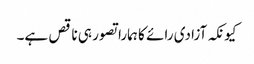
کیونکہ آزادی رائے کا ہمارا تصور ہی ناقص ہے۔